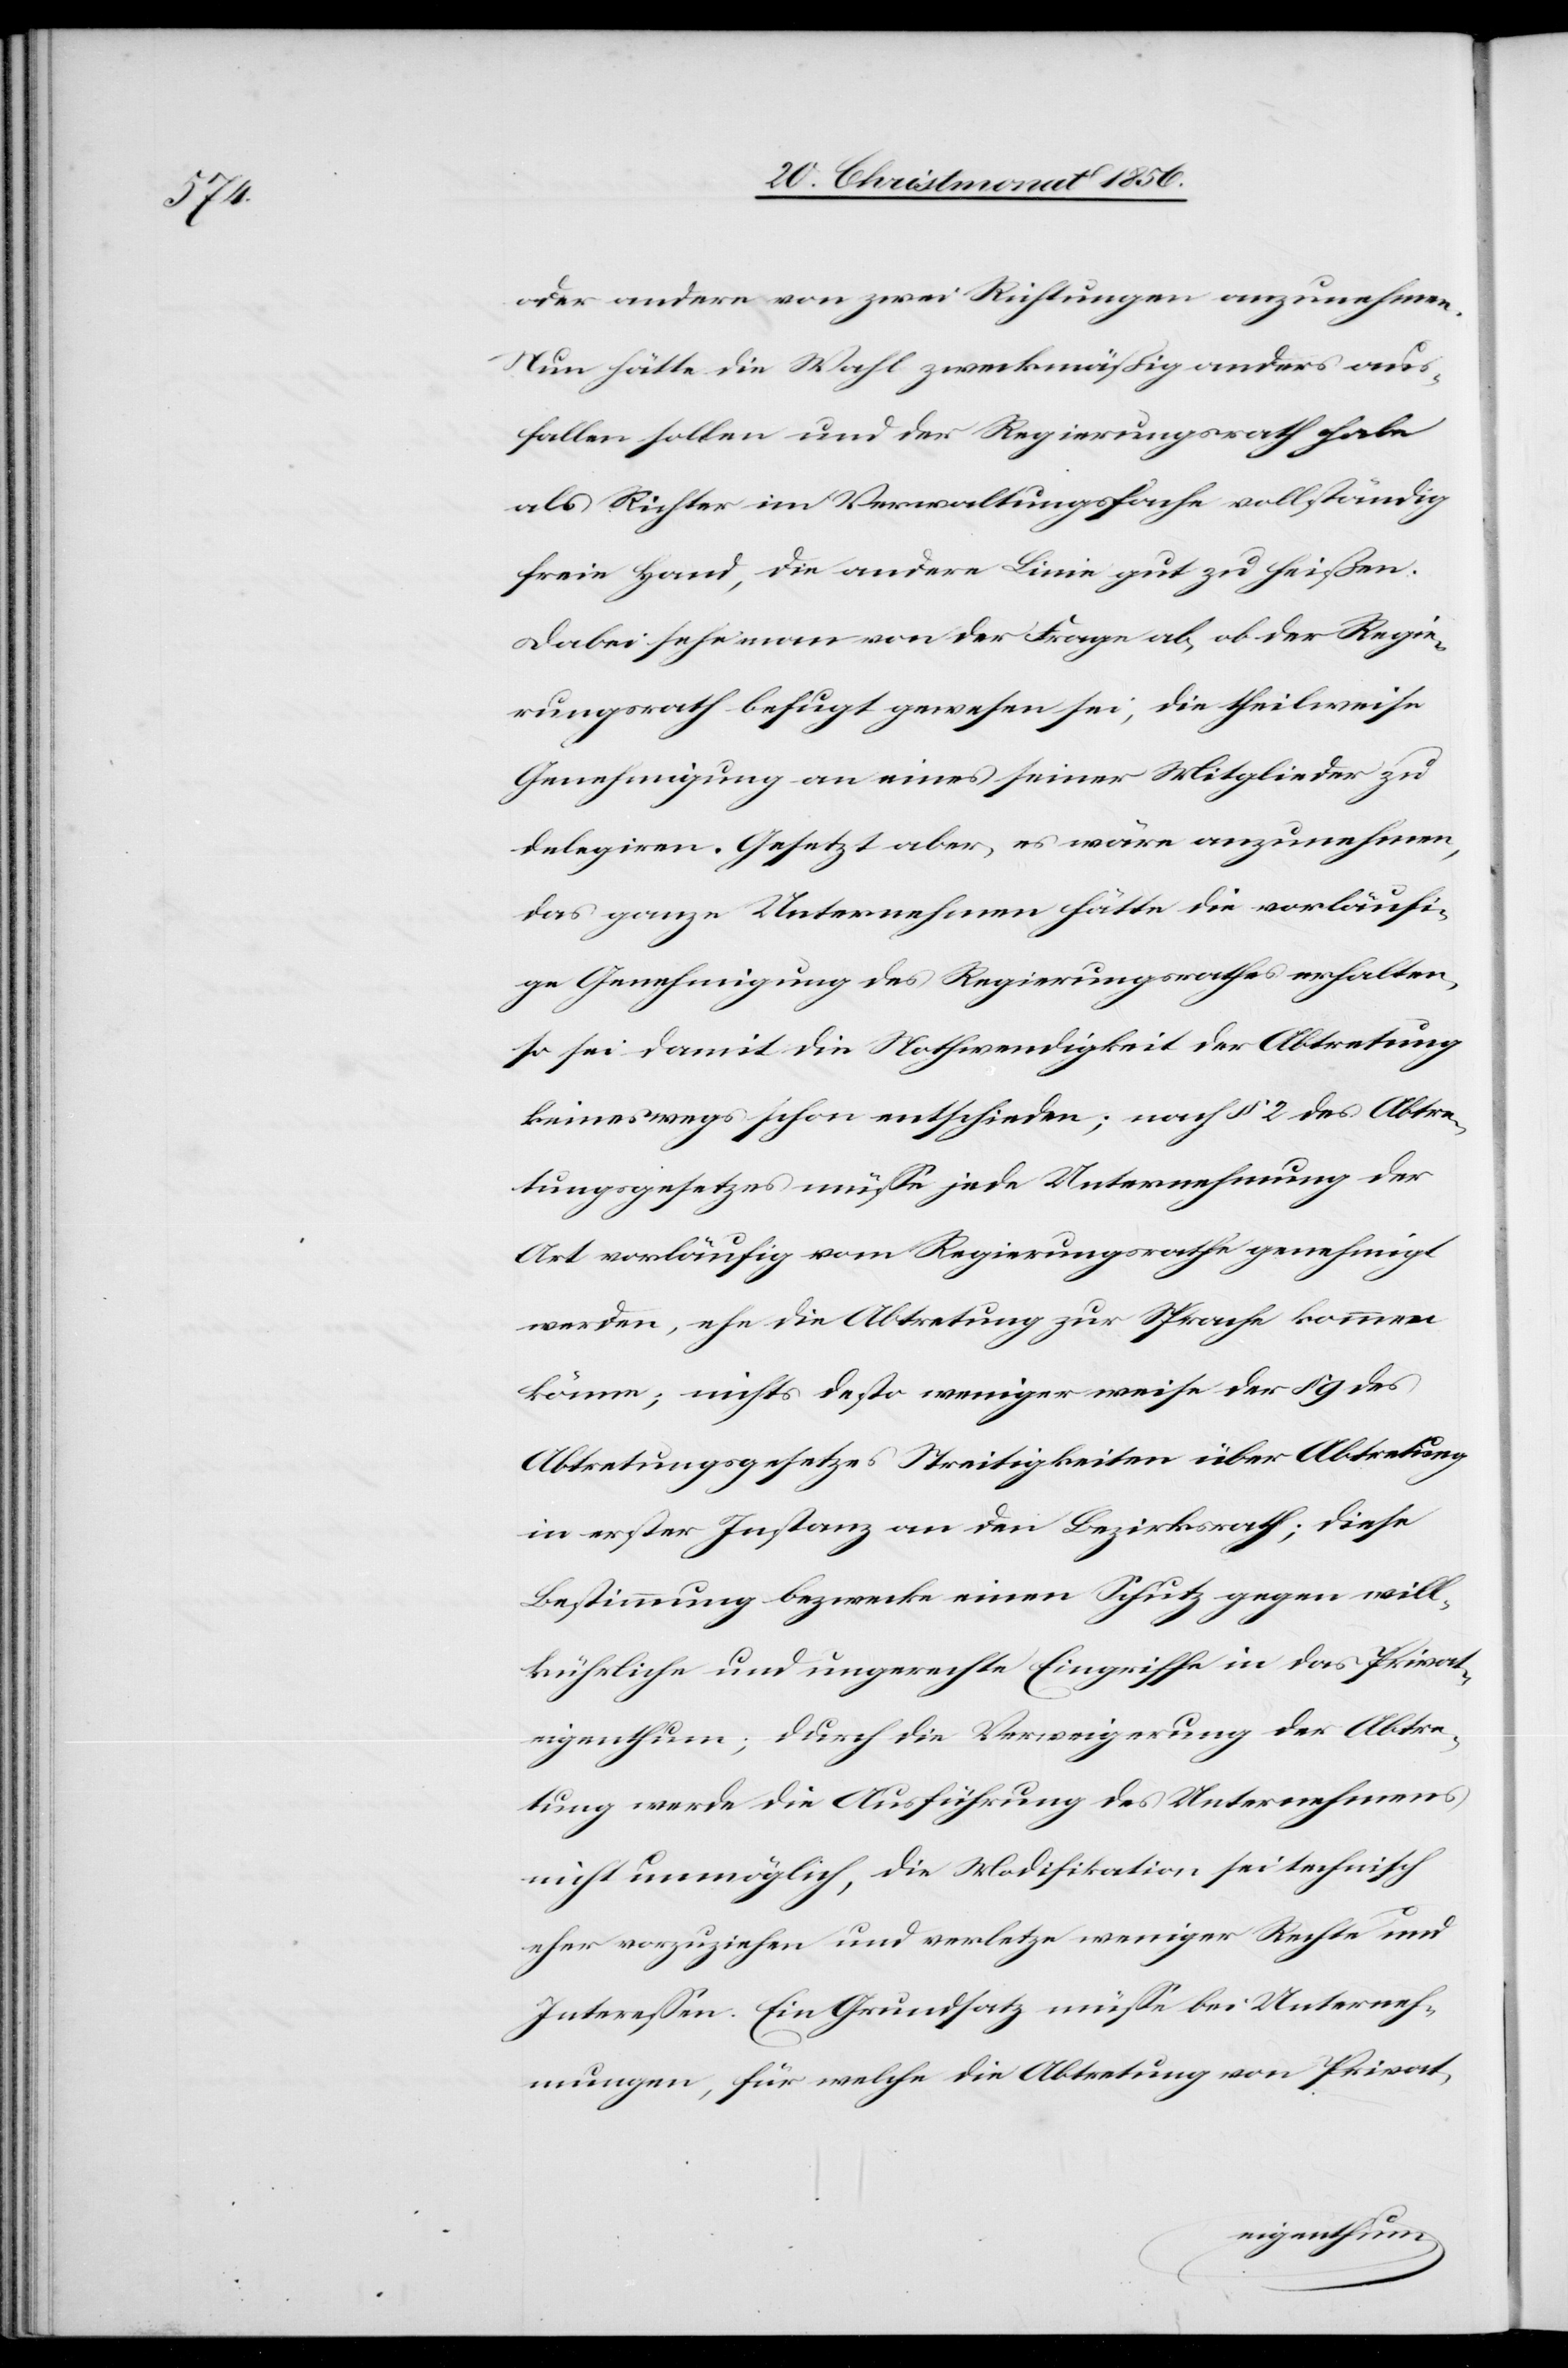
oder andere von zwei Richtungen anzunehmen.
Nun hätte die Wahl zweckmäßig anders aus¬
fallen sollen und der Regierungsrath habe
als Richter im Verwaltungsfache vollständig
freie Hand, die andere Linie gut zu heißen.
Dabei sehe man von der Frage ab, ob der Regie¬
rungsrath befugt gewesen sei, die theilweise
Genehmigung an eines seiner Mitglieder zu
delegiren. Gesetzt aber, es wäre anzunehmen,
das ganze Unternehmen hätte die vorläufi¬
ge Genehmigung des Regierungsrathes erhalten,
so sei damit die Nothwendigkeit der Abtretung
keineswegs schon entschieden; nach § 2 des Abtre¬
tungsgesetzes müsse jede Unternehmung der
Art vorläufig vom Regierungsrathe genehmigt
werden, ehe die Abtretung zur Sprache kommen
könne; nichts desto weniger weise der § 9 des
Abtretungsgesetzes Streitigkeiten über Abtretung
in erster Instanz an den Bezirksrath; diese
Bestimmung bezwecke einen Schutz gegen will¬
kürliche und ungerechte Eingriffe in das Privat¬
eigenthum; durch die Verweigerung der Abtre¬
tung werde die Ausführung des Unternehmens
nicht unmöglich, die Modifikation sei technisch
eher vorzuziehen und verletze weniger Rechte und
Interessen. Ein Grundsatz müsse bei Unterneh¬
mungen, für welche die Abtretung von Privat-